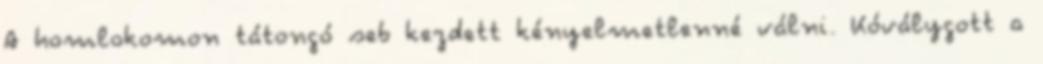
A homlokomon tátongó seb kezdett kényelmetlenné válni. Kóválygott a